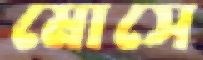
মোসে